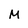
Character: M